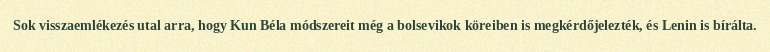
Sok visszaemlékezés utal arra, hogy Kun Béla módszereit még a bolsevikok köreiben is megkérdőjelezték, és Lenin is bírálta.